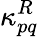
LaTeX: \kappa_{pq}^{R}